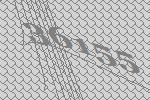
36155